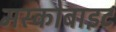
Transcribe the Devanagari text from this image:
मस्कोबाइट